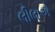
લીલાએ